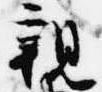
親